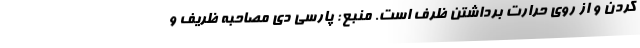
کردن و از روی حرارت برداشتن ظرف است. منبع: پارسی دی مصاحبه ظریف و